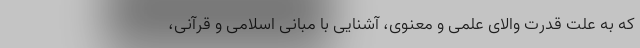
که به علت قدرت والای علمی و معنوی، آشنایی با مبانی اسلامی و قرآنی،